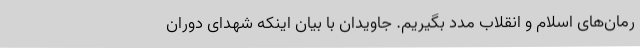
رمان‌های اسلام و انقلاب مدد بگیریم. جاویدان با بیان اینکه شهدای دوران